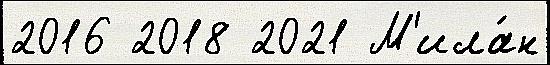
2016 2018 2021 М'ила́н